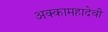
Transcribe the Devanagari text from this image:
अक्कामहादेवी